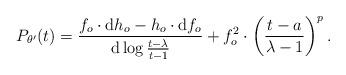
LaTeX: \begin{align*}P_{\theta'}(t)= \frac{f_o\cdot\mathrm{d}h_o-h_o\cdot \mathrm{d}f_o}{\mathrm{d}\log \frac{t-\lambda}{t-1}} +f_o^2\cdot \left(\frac{t-a}{\lambda-1}\right)^p.\end{align*}